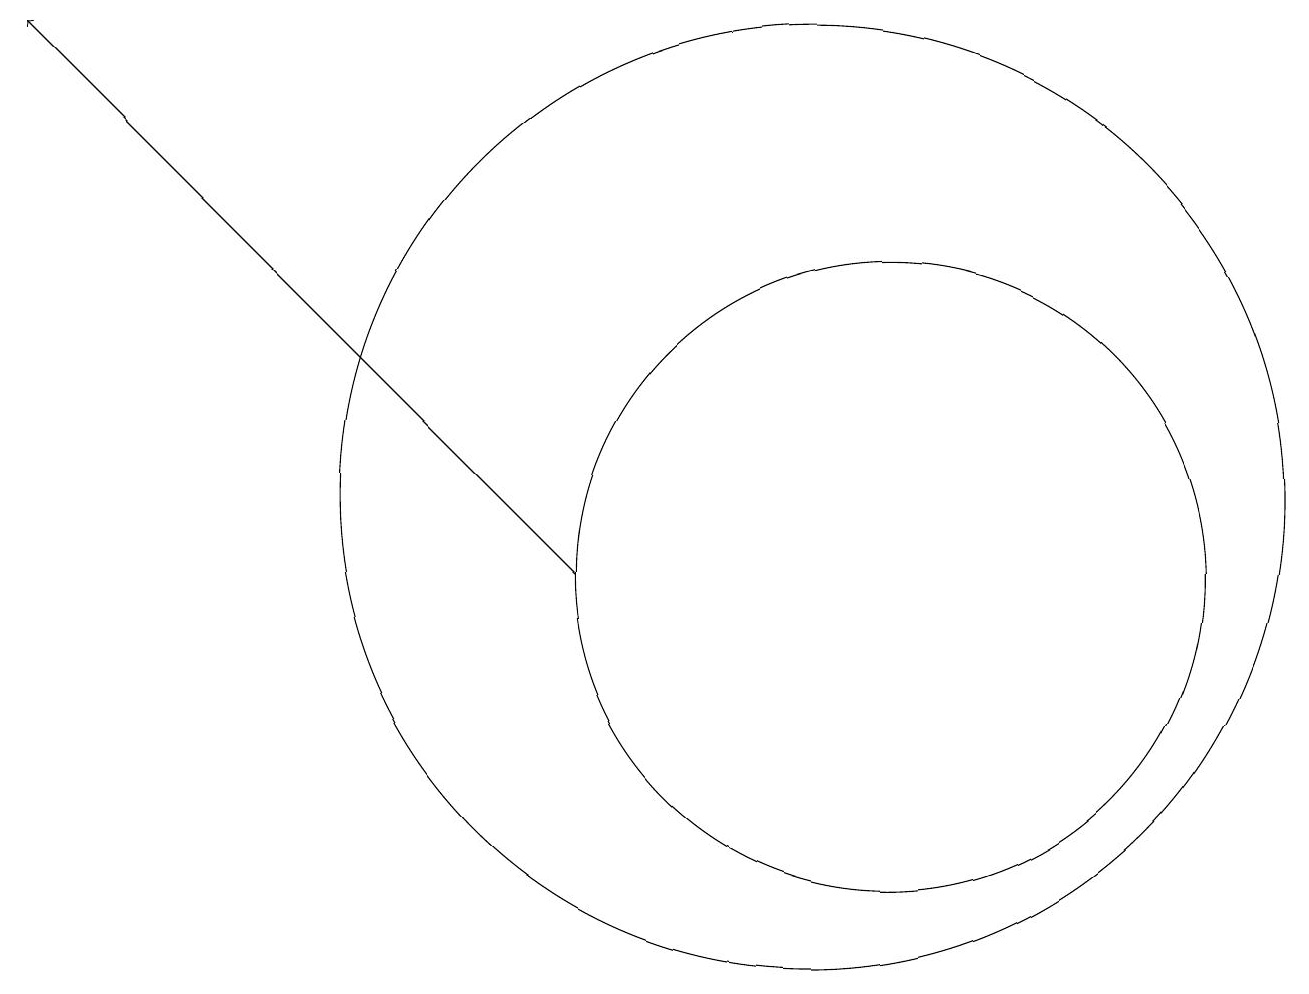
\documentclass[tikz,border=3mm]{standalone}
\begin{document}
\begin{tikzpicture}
\draw (11,11) circle (6);
\draw (12,10) circle (4);
\draw[->] (8,10) -- (1,17);
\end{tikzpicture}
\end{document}